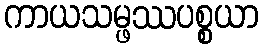
ကာယသမ္ဖဿပစ္စယာ